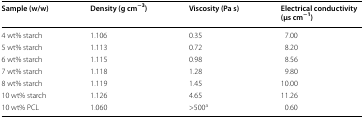
| Sample (w/w) | Density (g cm−3) | Viscosity (Pa s) | Electrical conductivity (μs cm−1) |
 | --- | --- | --- | --- |
 | 4 wt% starch | 1.106 | 0.35 | 7.00 |
 | 5 wt% starch | 1.113 | 0.72 | 8.20 |
 | 6 wt% starch | 1.115 | 0.98 | 8.56 |
 | 7 wt% starch | 1.118 | 1.28 | 9.80 |
 | 8 wt% starch | 1.119 | 1.45 | 10.00 |
 | 10 wt% starch | 1.126 | 4.65 | 11.26 |
 | 10 wt% PCL | 1.060 | >500a | 0.60 |